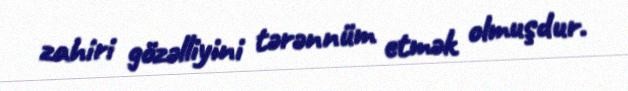
zahiri gözəlliyini tərənnüm etmək olmuşdur.